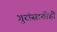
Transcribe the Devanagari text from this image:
गुरांसाठीही